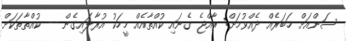
ސަންއަށް ޚަބަރެއް ދެއްވުމަށް: ރާއްޖެ ގެނައި ކުއްތާއެއް މީހަކު އުރާލައިގެން -- ކުއްތާތަކަށް